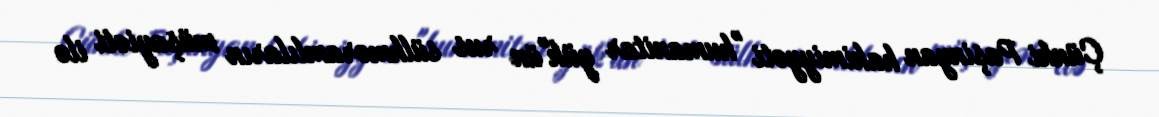
Çünki Paşinyan hakimiyyəti "humanitar yük"ün rus sülhməramlıların müşayiəti ilə